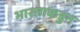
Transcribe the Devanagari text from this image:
भारताकडुन